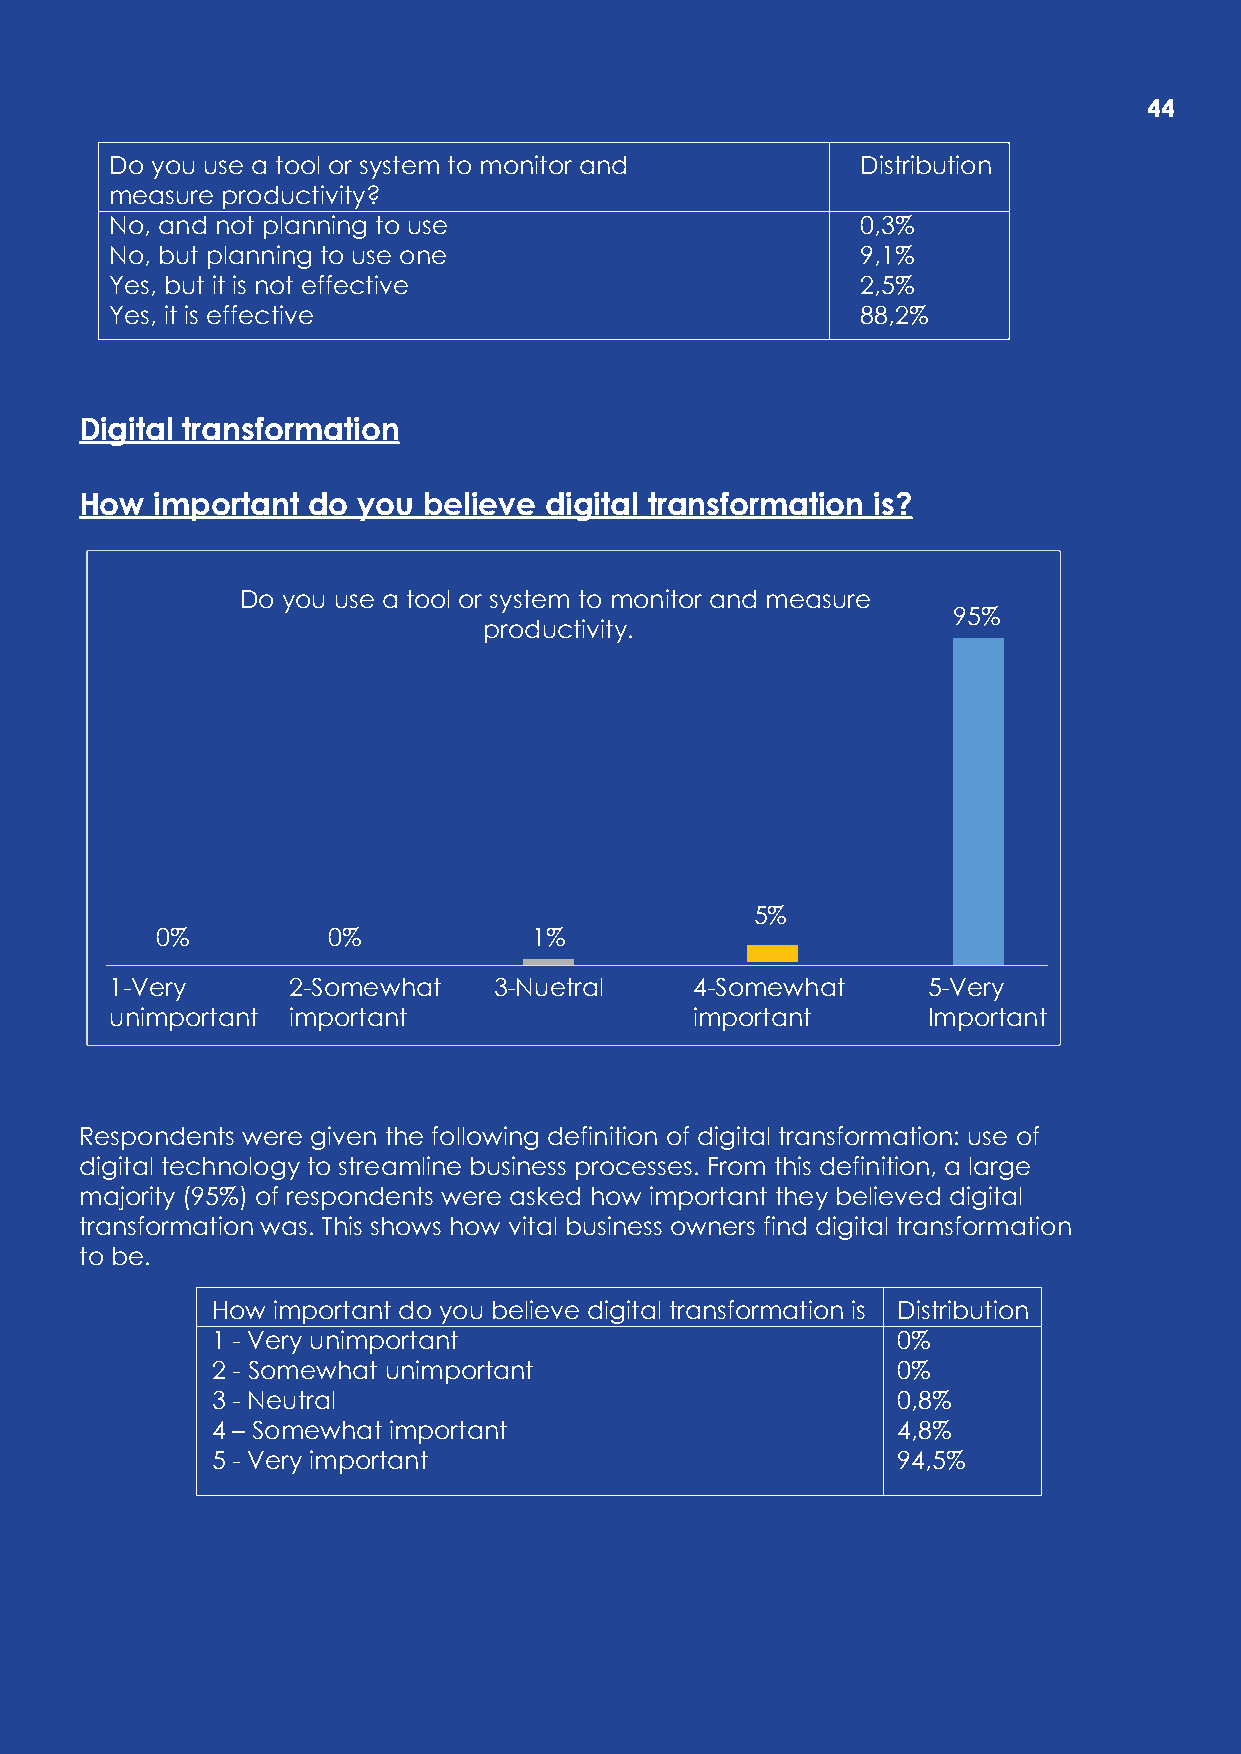
44
 Do you use a tool or system to monitor and        Distribution
 measure productivity?
 No, and not planning to use                       0,3%
 No, but planning to use one                       9,1%
 Yes, but it is not effective                      2,5%
 Yes, it is effective                              88,2%
 Digital transformation
 How  important do  you believe digital transformation is?
 Do you use a tool or system to monitor and measure
 95%
 productivity.
 5%
 0%          0%           1%
 1-Very      2-Somewhat    3-Nuetral    4-Somewhat     5-Very
 unimportant important                  important      Important
 Respondents were given the following definition of digital transformation: use of
 digital technology to streamline business processes. From this definition, a large
 majority (95%) of respondents were asked how important they believed digital
 transformation was. This shows how vital business owners find digital transformation
 to be.
 How important do you believe digital transformation is Distribution
 1 - Very unimportant                         0%
 2 - Somewhat unimportant                     0%
 3 - Neutral                                  0,8%
 4 – Somewhat important                       4,8%
 5 - Very important                           94,5%
 0202
 |
 TROPER
 LAUNNA
 3 2